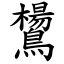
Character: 鸉